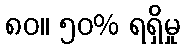
၈၀။ ၅၀% ရရှိမှု